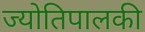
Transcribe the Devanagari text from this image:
ज्योतिपालकी